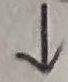
\downarrow